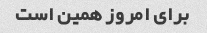
برای امروز همین است